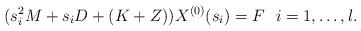
LaTeX: \begin{align*}(s_{i}^{2}M+s_{i}D+ (K+ Z)) X^{(0)}(s_{i})&= F \ \ i = 1,\ldots,l.\end{align*}